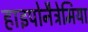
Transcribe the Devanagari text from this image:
हाइपोनैट्रेमिया